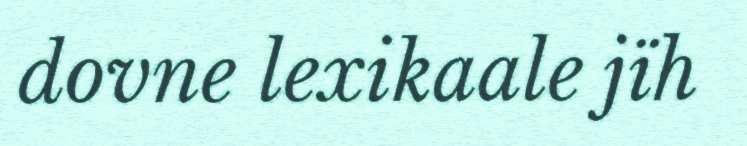
dovne lexikaale jïh